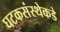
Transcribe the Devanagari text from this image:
घटकसंस्थेकडे